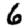
Digit: 6